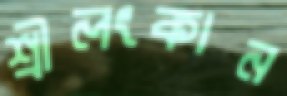
শ্রীলংকান